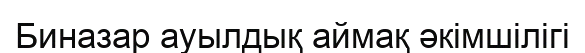
Биназар ауылдық аймақ әкімшілігі